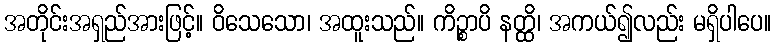
အတိုင်းအရှည်အားဖြင့်။ ဝိသေသော၊ အထူးသည်။ ကိဉ္စာပိ နတ္ထိ၊ အကယ်၍လည်း မရှိပါပေ။